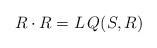
LaTeX: \begin{align*}R\cdot R=L\, Q(S,R)\end{align*}